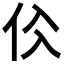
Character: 𠇒